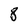
Character: 8